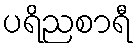
ပရိညစာရီ